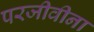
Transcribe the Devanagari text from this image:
परजीवीना